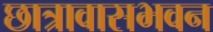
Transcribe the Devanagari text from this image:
छात्रावासभवन